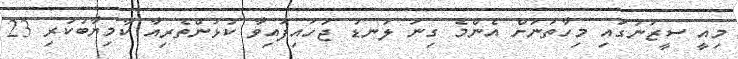
މިއީ ސީޒަނުގައި މިހާތަނަށް އެންމެ ގިނަ ލަނޑު ޖަހައިފައިވާ ކުޅުންތެރިއާ ކާމިޔާބުކުރި 23